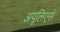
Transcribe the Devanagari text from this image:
अपूलिएसे